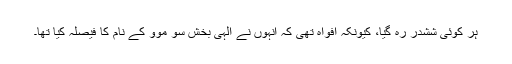
ہر کوئی ششدر رہ گیا، کیونکہ افواہ تھی کہ انہوں نے الہی بخش سو موو کے نام کا فیصلہ کیا تھا۔